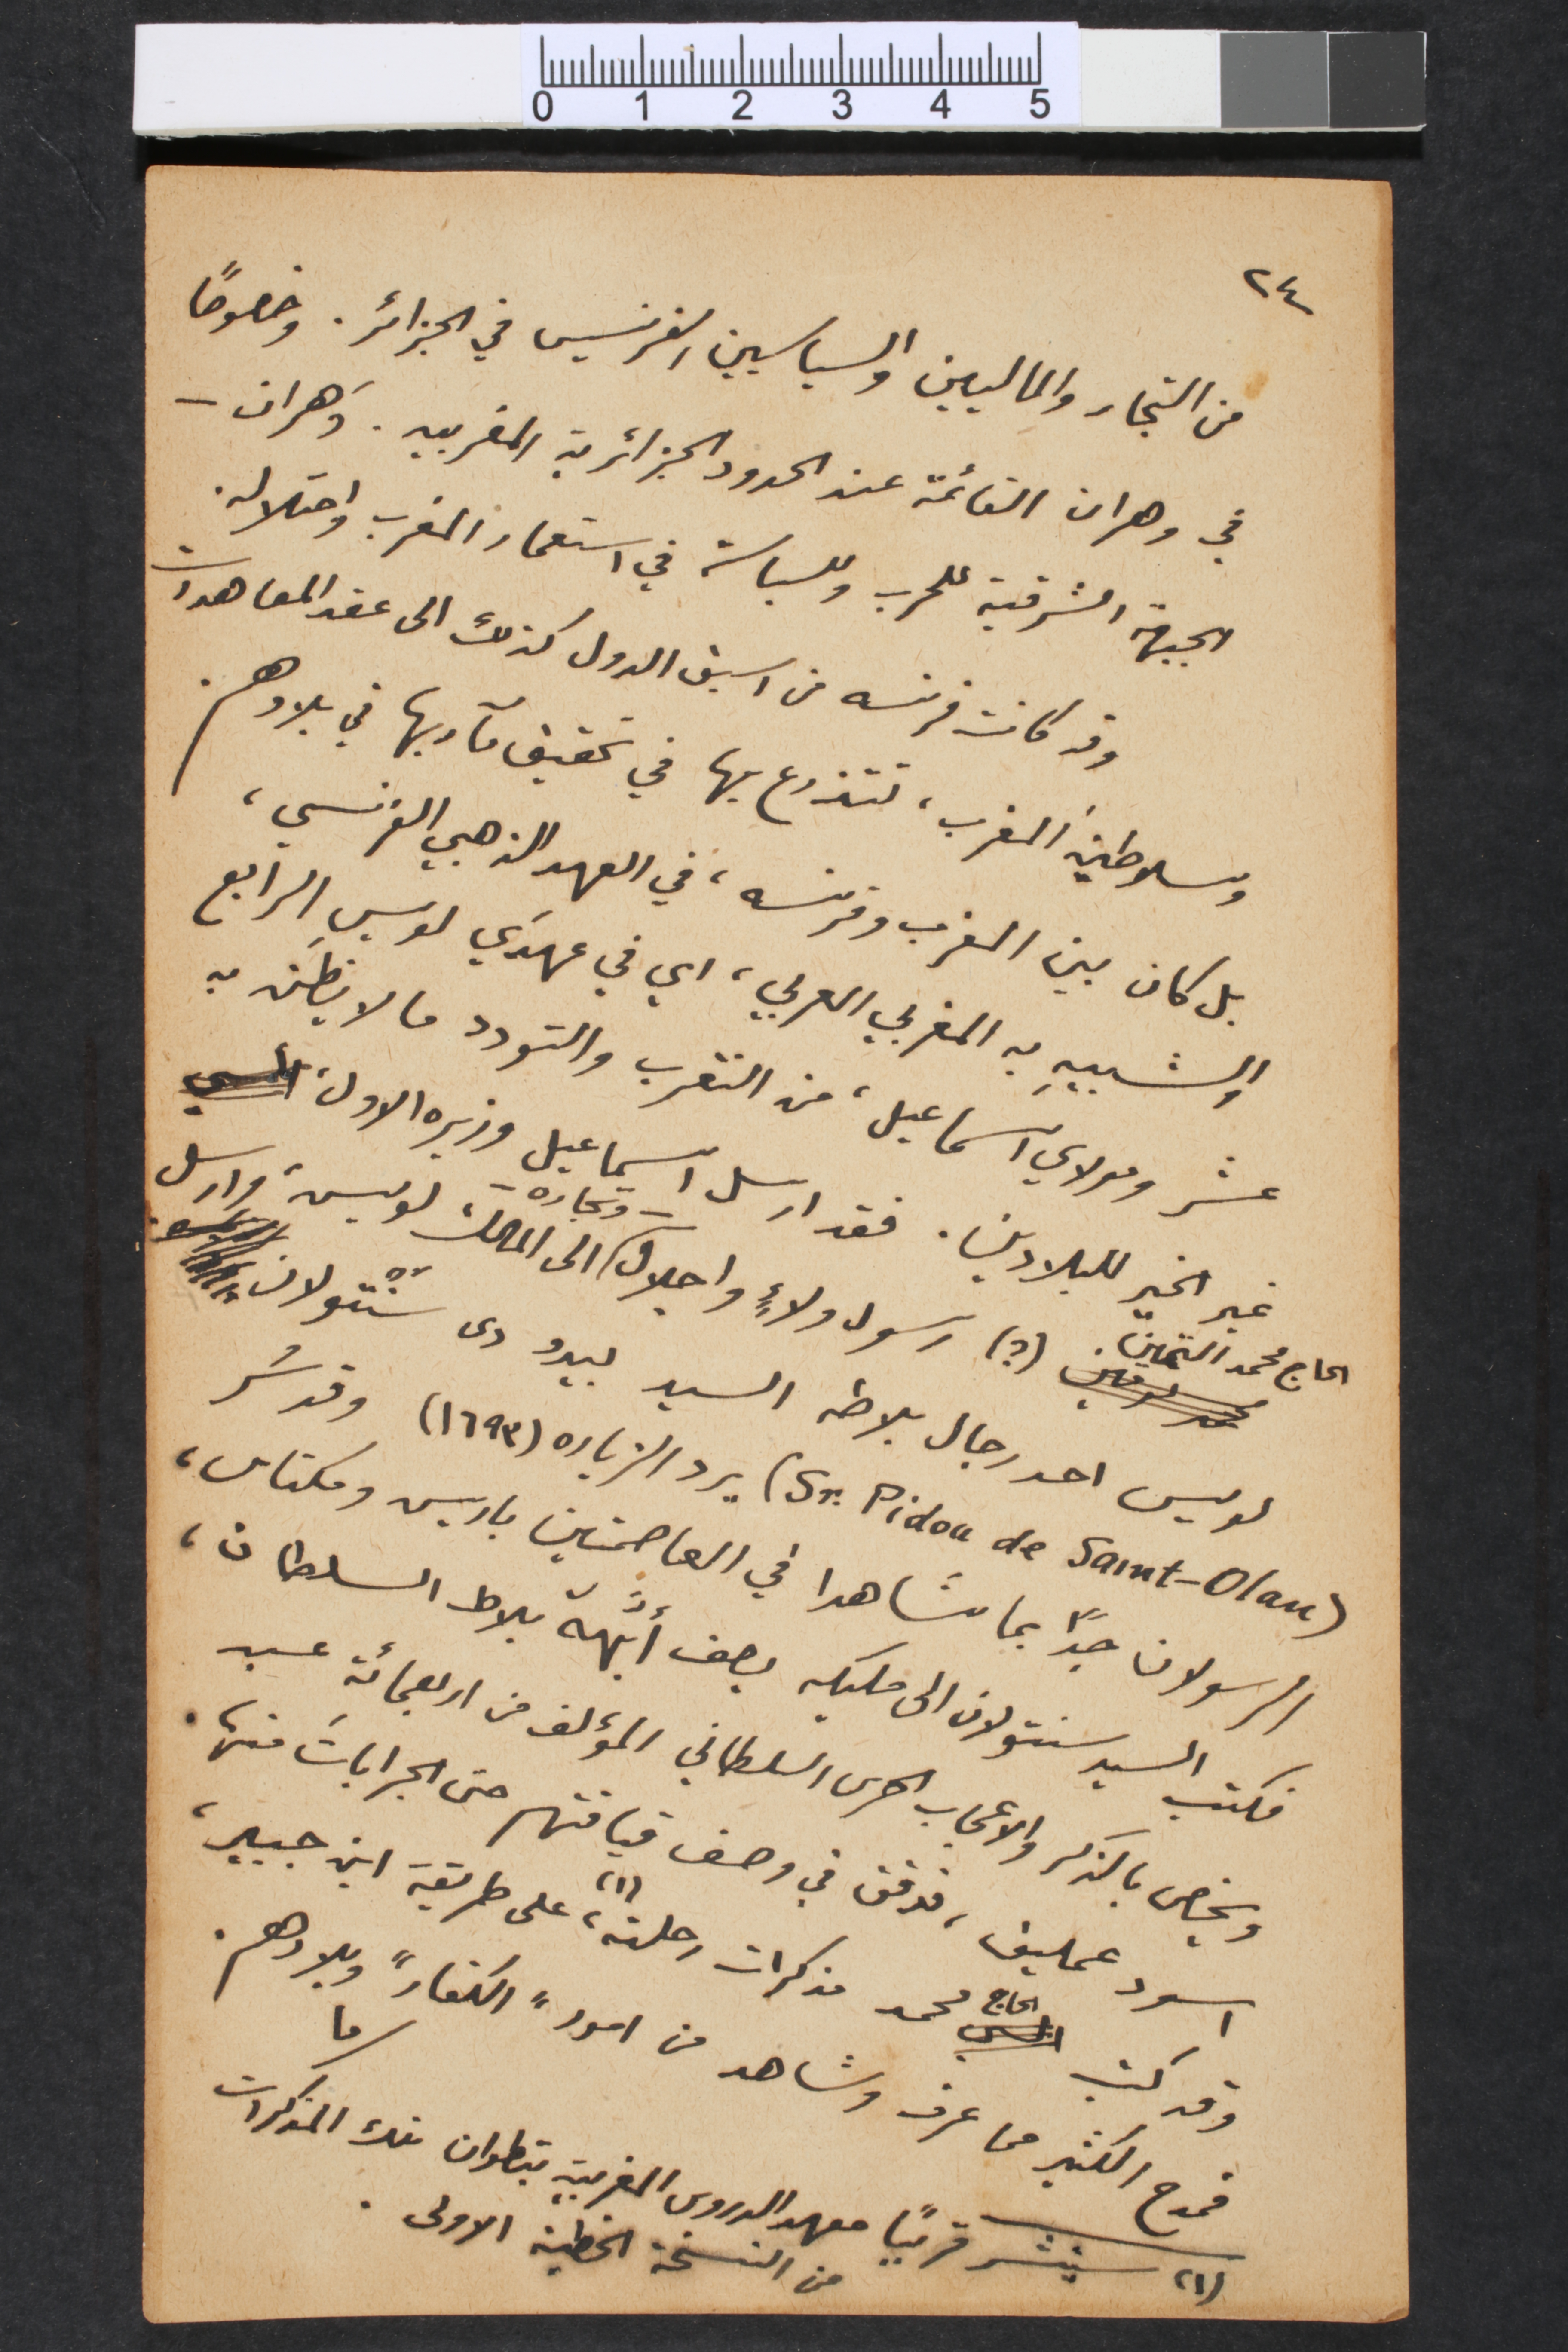
٢٤
من التجار والماليين والسياسيين الفرنسيس في الجزائر. وخصوصاً
في وهران القائمة عند الحدود الجزائرية المغربيه. وَهران –
الجبهة الشرقية للحرب وللسياسة في استعمار المغرب واحتلاله.
وقد كانت فرنسه من اسبق الدول كذلك الى عقد المعاهدات
وسلاطين المغرب، تتذرع بها في تحقيق مآربها في بلادهم.
بل كان بين المغرب وفرنسه، في العهد الذهبي الفرنسي،
والشبيهِ به المغربي العربي، اي في عهدَي لويس الرابع
عشر ومولاي اسماعيل، من التقرب والتودد ما لا يظنَ به
غير الخير للبلادين. فقد ارسل اسماعيل وزيره الاول،
الحاج محمد الـتمين. (؟) رسول ولاء واجلال – وتجاره – الى الملك لويس، وارسل
لويس احد رجال بلاطه السيد بيدو دى سَنْتولان
 (Sr. Pidou de Saint-Olan) يرج الزياره (١٦٩٣) وقد سُر
الرسولان جداً بما شاهدا في العاصمتين باريس ومكناس،
فكتب السيد سنتولان الى مليكه يصف أبَّهة بلاط السلطان،
ويخص بالذكر والاعجاب الحرس السلطاني المؤلف من اربعمائة عبد
اسود عمليق، فوفق في وصف قيافتهم حتى الجراباتَ منها.
وقد كتب الحاج محمد مذكرات رحلته (١)، على طريقة ابن جبير،
فمدح الكثير مما عرف وشاهد من امور "الكفار" وبلادهم.
ما
(١)	سينشر قريباً معهد الدروس المغربية بتطوان تلك المذكرات
من النسخة الخطية الاولى.